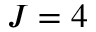
J = 4